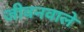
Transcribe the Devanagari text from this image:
जीवनवाले